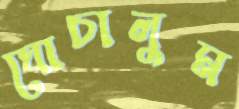
ঘোচালুম